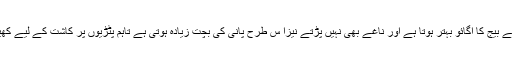
انہوںنے کہاکہ پانی لگنے کے بعد بیج والی جگہ کی مٹی نیچے گرتی ہے جس کی وجہ سے بیج کا اگائو بہتر ہوتا ہے اور ناغے بھی نہیں پڑتے نیزا س طرح پانی کی بچت زیادہ ہوتی ہے تاہم پٹڑیوں پر کاشت کے لیے کھیت کا ہموار ہونا بہت ضروری ہے اس لئے کاشتکار مشینی کاشت خشک پٹڑیوں پر کریں۔